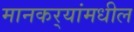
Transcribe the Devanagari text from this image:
मानकर्‍यांमधील